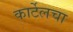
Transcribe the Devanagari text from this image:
कार्टेलचा